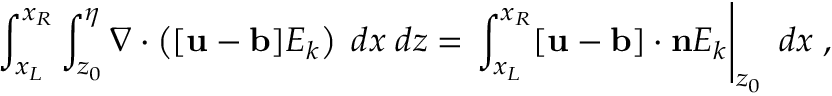
\int _ { x _ { L } } ^ { x _ { R } } \int _ { z _ { 0 } } ^ { \eta } \nabla \cdot \left( [ \mathbf { u - b } ] E _ { k } \right) \; d x \; d z = \left. \int _ { x _ { L } } ^ { x _ { R } } [ \mathbf { u - b } ] \cdot \mathbf { n } E _ { k } \right| _ { z _ { 0 } } \; d x \; ,